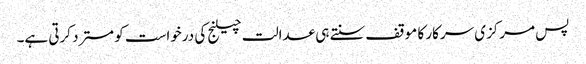
پس مرکزی سرکار کا موقف سنتے ہی عدالت چیلنج کی درخواست کو مسترد کرتی ہے۔